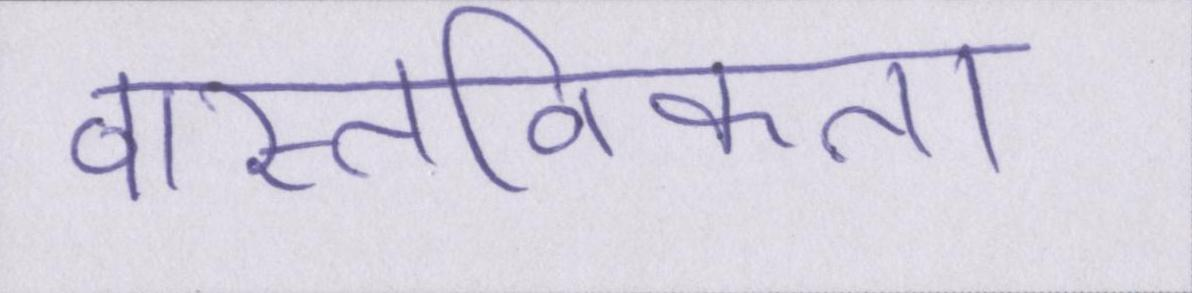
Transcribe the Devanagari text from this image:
वास्तविकता